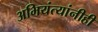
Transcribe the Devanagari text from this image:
अभियंत्यांनीही